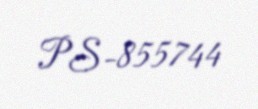
PS-855744